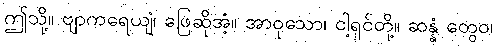
ဤသို့။ ဗျာကရေယျံ၊ ဖြေဆိုအံ့။ အာဝုသော၊ ငါ့ရှင်တို့။ ဆန္နံ တွေဝ၊